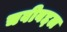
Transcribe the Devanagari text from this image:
चवीबद्दल